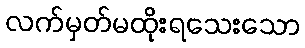
လက်မှတ်မထိုးရသေးသော